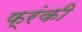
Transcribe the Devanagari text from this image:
फ्रंकी